NASA-UAP-D2, Apollo 17 Transcript, 1972
Agency: NASA
Incident date: 1972
Incident location: Moon
Page 8
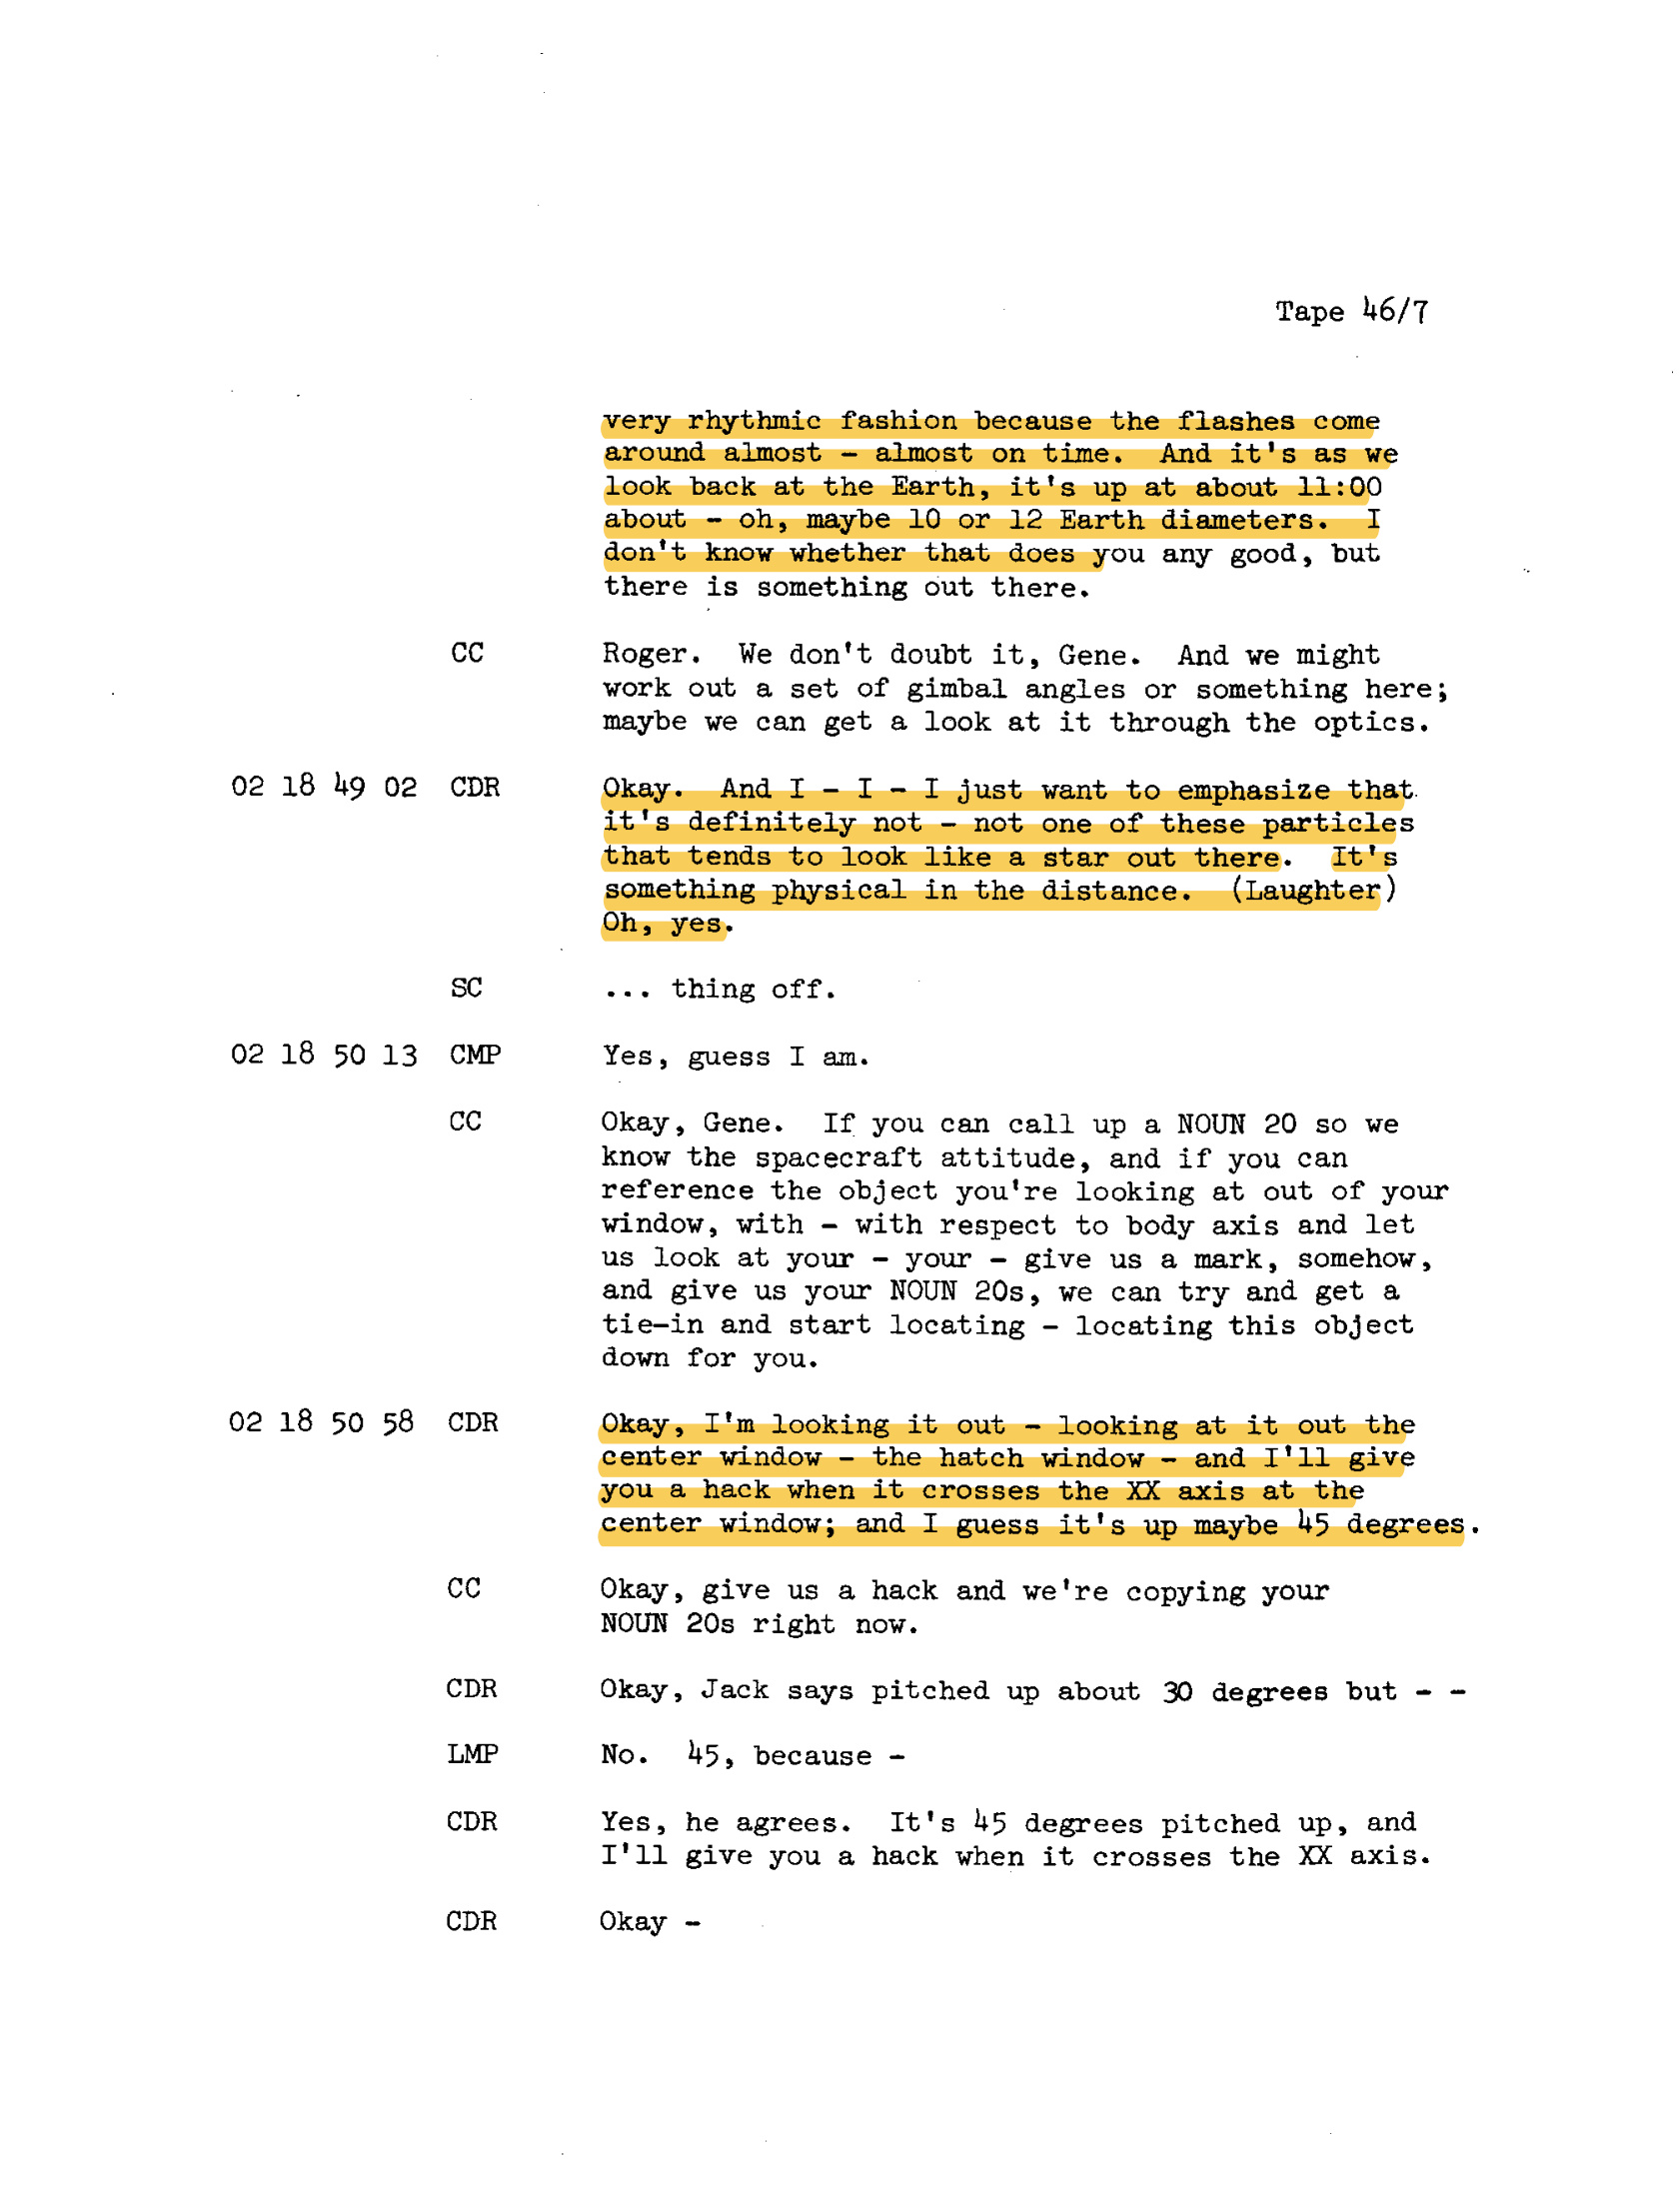